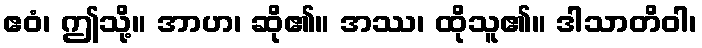
ဧဝံ၊ ဤသို့။ အာဟ၊ ဆို၏။ အဿ၊ ထိုသူ၏။ ဒါသာတိဝါ၊